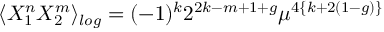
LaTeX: \langle X _ { 1 } ^ { n } X _ { 2 } ^ { m } \rangle _ { l o g } = ( - 1 ) ^ { k } 2 ^ { 2 k - m + 1 + g } \mu ^ { 4 \{ k + 2 ( 1 - g ) \} }